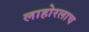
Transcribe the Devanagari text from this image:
लाहोरलाच